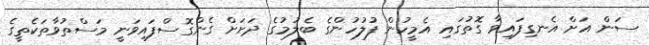
ސަން އަށް އެނގިފައިވާ ގޮތުގައި އެމީހުން ފުލުހުންގެ ބެލުމުގެ ދަށަށް ގެންގޮސްފައިވަނީ މަސްތުވާތަކެތީގެ